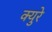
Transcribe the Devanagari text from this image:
क्युरे